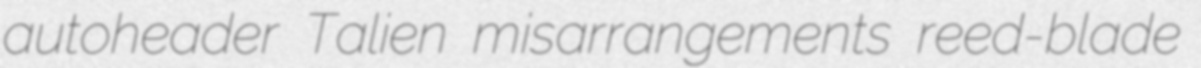
autoheader Talien misarrangements reed-blade